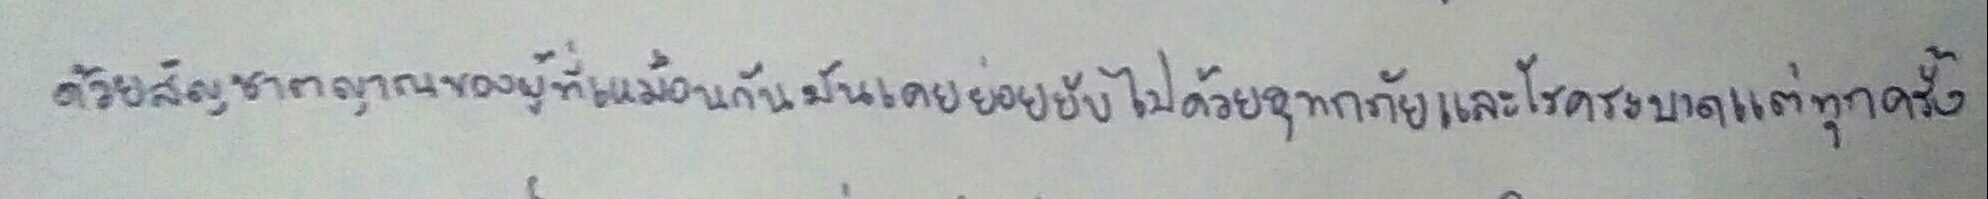
ด้วยสัญชาตญาณของผู้ที่เหมือนกันมันเคยย่อยยับไปด้วยอุทกภัยและโรคระบาดแต่ทุกครั้ง